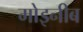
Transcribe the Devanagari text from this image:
मोइनीब